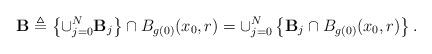
LaTeX: \begin{align*} \mathbf{B} \triangleq \left\{ \cup_{j=0}^{N} \mathbf{B}_j \right\} \cap B_{g(0)}(x_0, r)= \cup_{j=0}^{N } \left\{ \mathbf{B}_j \cap B_{g(0)}(x_0, r)\right\}. \end{align*}